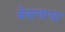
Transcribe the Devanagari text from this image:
बेसनाचा